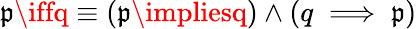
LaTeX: \mathfrak{p}\iffq\equiv(\mathfrak{p}\impliesq)\wedge(q\implies\mathfrak{p})